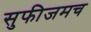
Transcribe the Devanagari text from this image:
सुफीजमच